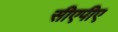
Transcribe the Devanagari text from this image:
सीएपीए